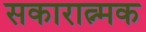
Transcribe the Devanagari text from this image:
सकारात्न्मक